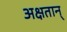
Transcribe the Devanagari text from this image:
अक्षतान्